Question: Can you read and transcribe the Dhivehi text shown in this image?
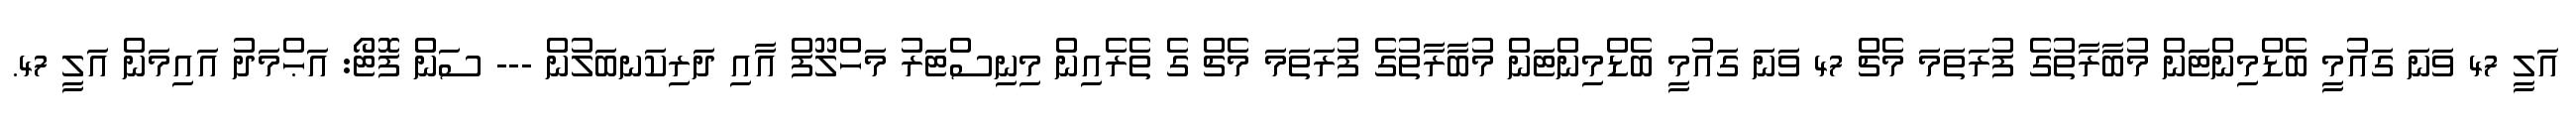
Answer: އަލީ 47 ވަނަ ގައުމީ ބެޑްމިންޓަން މުބާރާތުގެ ފުރަތަމަ މެޗް 47 ވަނަ ގައުމީ ބެޑްމިންޓަން މުބާރާތުގެ ފުރަތަމަ މެޗް ގެ ތެރެއިން މިނިސްޓަރު މަހްލޫފް އާއި ދަރިކަނބަލުން --- ސަން ފޮޓޯ: އަޙްމަދު އައިމަން އަލީ 47.